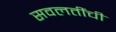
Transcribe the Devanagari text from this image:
सवलतींची